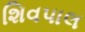
શિવપાલ